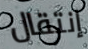
إنتقال